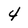
Character: 4